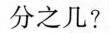
分之几?